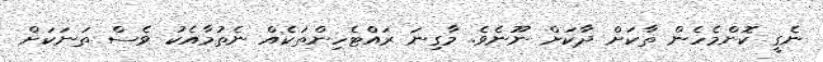
ނެގީ ކޮންމެހެން ތާކަށް ދާކަށް ނޫނެވެ. މާގިނަ ރައްޓެހިންތަކެއް ނެތުމާއެކު ވެސް ތަނަކަށް